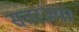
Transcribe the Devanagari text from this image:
सतरंज्या